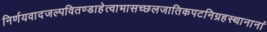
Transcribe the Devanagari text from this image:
निर्णयवादजल्पवितण्डाहेत्वाभासच्छलजातिकपटनिग्रहस्थानानां